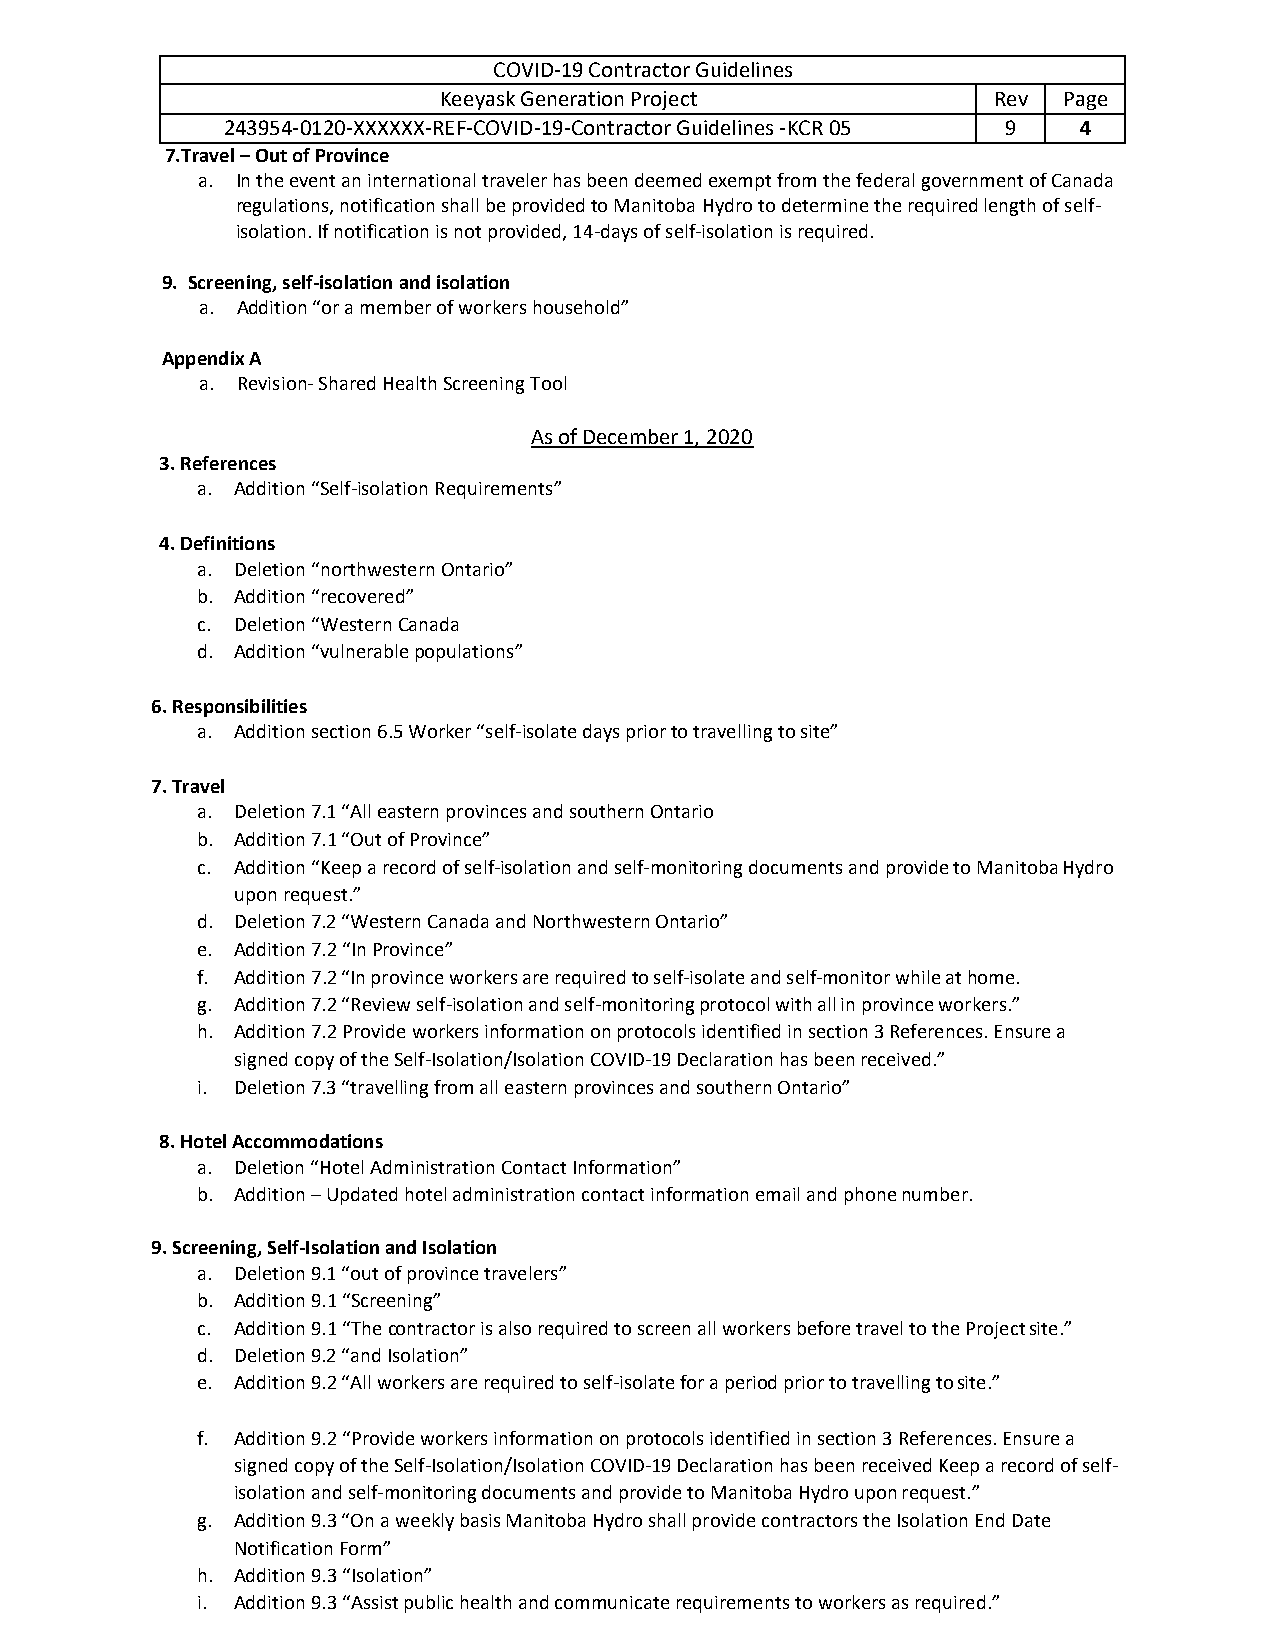
COVID-19 Contractor Guidelines
 Keeyask Generation Project           Rev Page
 243954-0120-XXXXXX-REF-COVID-19-Contractor Guidelines -KCR 05 9 4
 7.Travel – Out of Province
 a. In the event an international traveler has been deemed exempt from the federal government of Canada
 regulations, notification shall be provided to Manitoba Hydro to determine the required length of self-
 isolation. If notification is not provided, 14-days of self-isolation is required.
 9. Screening, self-isolation and isolation
 a. Addition “or a member of workers household”
 Appendix A
 a. Revision- Shared Health Screening Tool
 As of December 1, 2020
 3. References
 a. Addition “Self-isolation Requirements”
 4. Definitions
 a. Deletion “northwestern Ontario”
 b. Addition “recovered”
 c. Deletion “Western Canada
 d. Addition “vulnerable populations”
 6. Responsibilities
 a. Addition section 6.5 Worker “self-isolate days prior to travelling to site”
 7. Travel
 a. Deletion 7.1 “All eastern provinces and southern Ontario
 b. Addition 7.1 “Out of Province”
 c. Addition “Keep a record of self-isolation and self-monitoring documents and provide to Manitoba Hydro
 upon request.”
 d. Deletion 7.2 “Western Canada and Northwestern Ontario”
 e. Addition 7.2 “In Province”
 f. Addition 7.2 “In province workers are required to self-isolate and self-monitor while at home.
 g. Addition 7.2 “Review self-isolation and self-monitoring protocol with all in province workers.”
 h. Addition 7.2 Provide workers information on protocols identified in section 3 References. Ensure a
 signed copy of the Self-Isolation/Isolation COVID-19 Declaration has been received.”
 i. Deletion 7.3 “travelling from all eastern provinces and southern Ontario”
 8. Hotel Accommodations
 a. Deletion “Hotel Administration Contact Information”
 b. Addition – Updated hotel administration contact information email and phone number.
 9. Screening, Self-Isolation and Isolation
 a. Deletion 9.1 “out of province travelers”
 b. Addition 9.1 “Screening”
 c. Addition 9.1 “The contractor is also required to screen all workers before travel to the Project site.”
 d. Deletion 9.2 “and Isolation”
 e. Addition 9.2 “All workers are required to self-isolate for a period prior to travelling to site.”
 f. Addition 9.2 “Provide workers information on protocols identified in section 3 References. Ensure a
 signed copy of the Self-Isolation/Isolation COVID-19 Declaration has been received Keep a record of self-
 isolation and self-monitoring documents and provide to Manitoba Hydro upon request.”
 g. Addition 9.3 “On a weekly basis Manitoba Hydro shall provide contractors the Isolation End Date
 Notification Form”
 h. Addition 9.3 “Isolation”
 i. Addition 9.3 “Assist public health and communicate requirements to workers as required.”